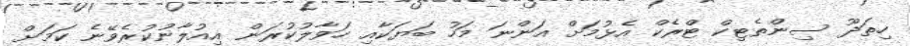
ހިތަދޫ ސިންތެޓިކް ޓްރެކް އެޅުމަށް އަންނަ މަހު ބަޔަކާއި ހަވާލުކުރަން އިއުލާނުކުރެވޭނެ ކަމަށް